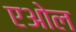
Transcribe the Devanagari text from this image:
एओल